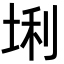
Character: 𪣛